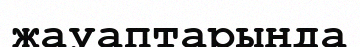
жауаптарыңда